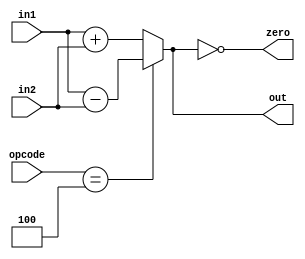
module alu(input [31:0] in1, input [31:0] in2, input [5:0] opcode, output zero, output reg [31:0] out);
	
always @(in1,in2,opcode) begin
	case(opcode)
		6'b000000, 6'b000001, 6'b000010, 6'b000011 : out = in1 + in2; //sum, addi, lw, sw
		6'b000100: out = in1 - in2; //beq
		default: out = in1 + in2; 
	endcase
end	 
	
assign zero = out == 0;

endmodule